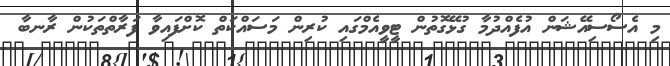
މި އެސޯސިއޭޝަން އުފެއްދުމާ ގުޅޭގޮތުން ޓީވީއެމްގައި ކުރިން މަސައްކަތް ކޮށްފައިވާ ފަރާތްތަކުން ރާނބާ